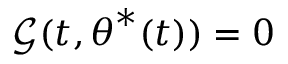
\mathcal { G } ( t , { \boldsymbol { \theta } } ^ { * } ( t ) ) = 0